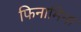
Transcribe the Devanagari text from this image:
फिनामिना